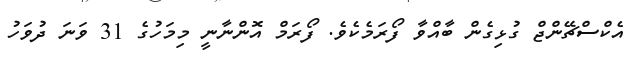
އެކްސްޗޭންޖް ގުޅިގެން ބާއްވާ ފޯރަމެކެވެ. ފޯރަމް އޮންނާނީ މިމަހުގެ 31 ވަނަ ދުވަހު